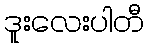
ဒူးလေးပါတီ